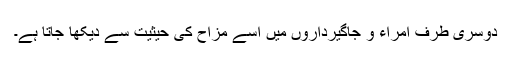
دوسری طرف امراء و جاگیرداروں میں اسے مزاح کی حیثیت سے دیکھا جاتا ہے۔